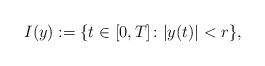
LaTeX: \begin{align*}I(y) := \{t \in [0, T] \colon |y (t)| < r\},\end{align*}